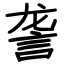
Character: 詟